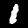
Label: 1